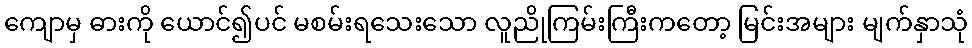
ကျောမှ ဓားကို ယောင်၍ပင် မစမ်းရသေးသော လူညိုကြမ်းကြီးကတော့ မြင်းအများ မျက်နှာသုံ